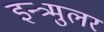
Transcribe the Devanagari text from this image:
इन्त्र्मुलर